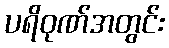
ပရိဝုဏ်အတွင်း